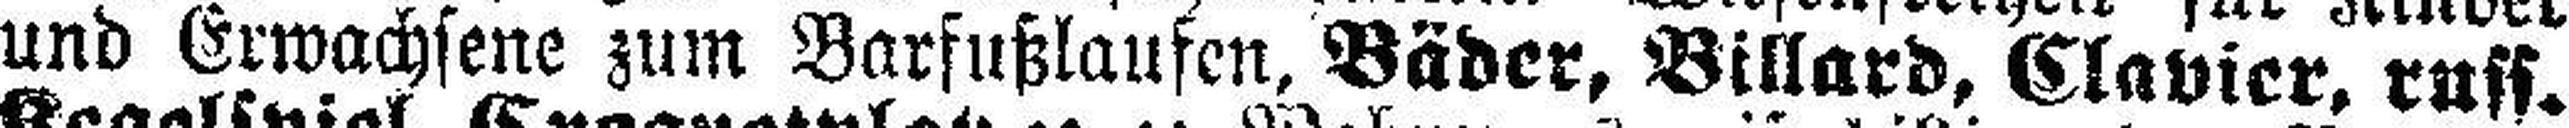
und Erwachsene zum Barfußlaufen, Bäder, Billard, Clavier, ruff.